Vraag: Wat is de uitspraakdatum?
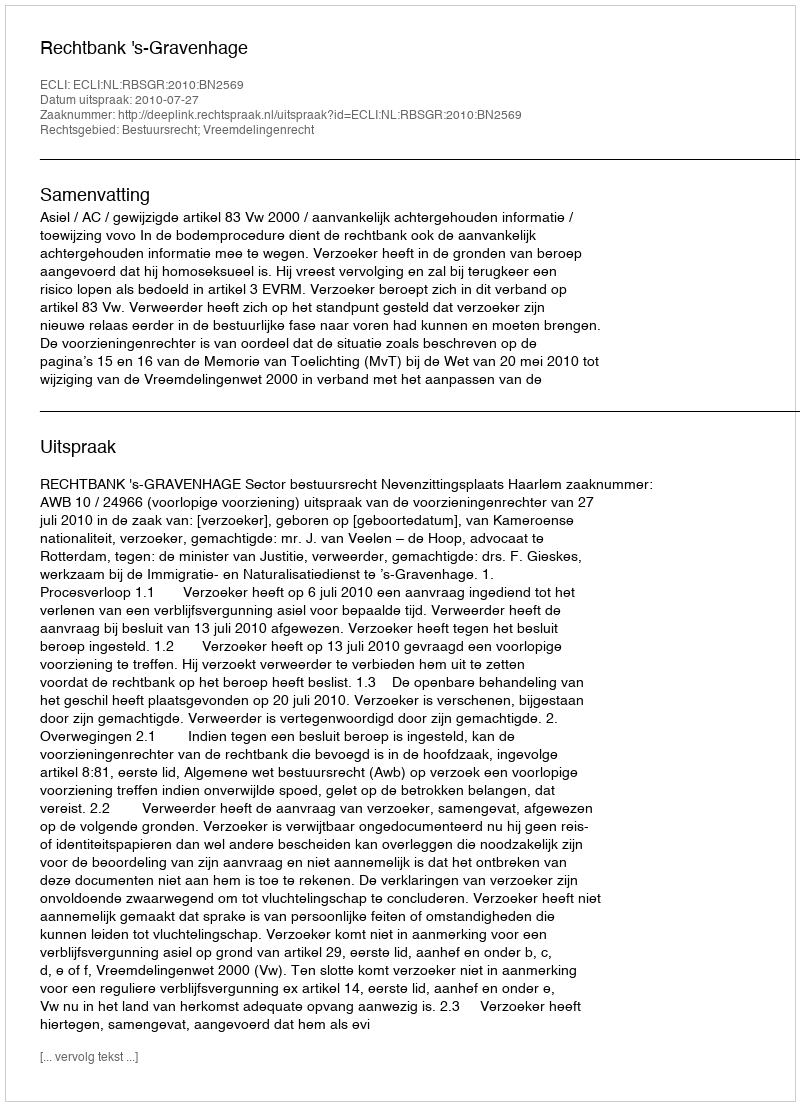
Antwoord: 2010-07-27